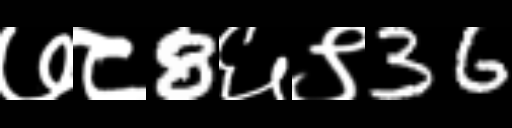
Text: ७८8६९36